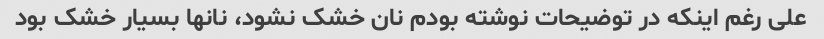
علی رغم اینکه در توضیحات نوشته بودم نان خشک نشود، نانها بسیار خشک بود